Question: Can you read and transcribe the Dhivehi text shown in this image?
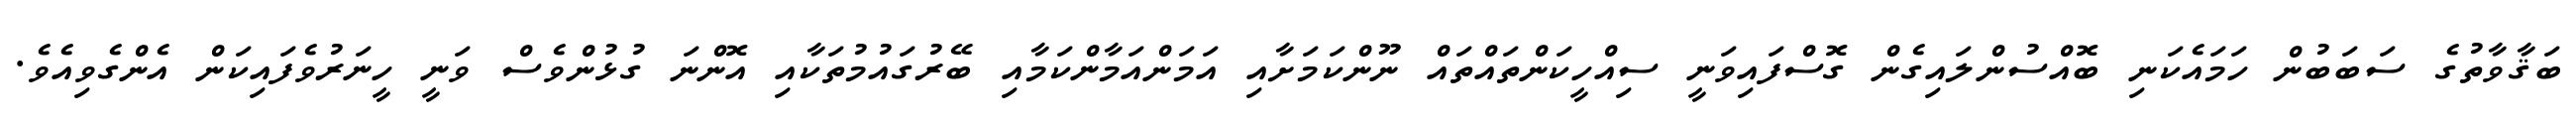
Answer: ބަޤާވާތުގެ ސަބަބުން ހަމައެކަނި ބޮއްސުންލައިގެން ގޮސްފައިވަނީ ސިއްހީކަންތައްތައް ނޫންކަމަށާއި އަމަންއަމާންކަމާއި ބޭރުގައުމުތަކާއި އޮންނަ ގުޅުންވެސް ވަނީ ހީނަރުވެފައިކަން އެންގެވިއެވެ.